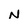
Character: N